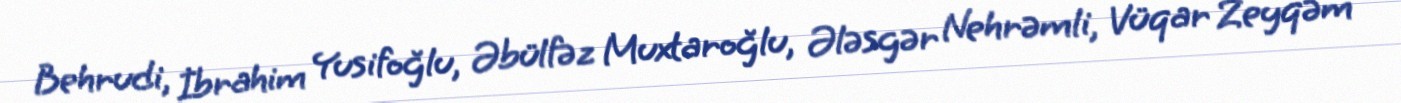
Behrudi, İbrahim Yusifoğlu, Əbülfəz Muxtaroğlu, Ələsgər Nehrəmli, Vüqar Zeyqəm